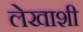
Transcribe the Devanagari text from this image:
लेखाशी